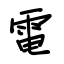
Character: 電